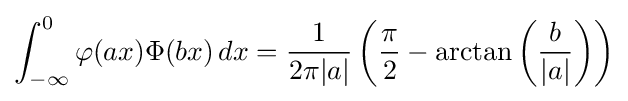
\int _{-\infty }^{0}\varphi (ax)\Phi (bx)\,dx={\frac {1}{2\pi |a|}}\left({\frac {\pi }{2}}-\arctan \left({\frac {b}{|a|}}\right)\right)